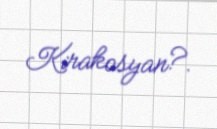
Kirakosyan?.